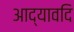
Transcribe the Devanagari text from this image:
आद्यावदि